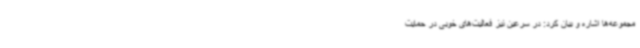
مجموعه‌ها اشاره و بیان کرد: در سرعین نیز فعالیت‌های خوبی در حمایت